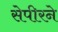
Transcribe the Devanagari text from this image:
सेपीरने